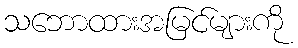
သဘောထားအမြင်များကို